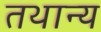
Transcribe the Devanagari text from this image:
तथान्य